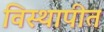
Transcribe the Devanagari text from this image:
विस्थापीत